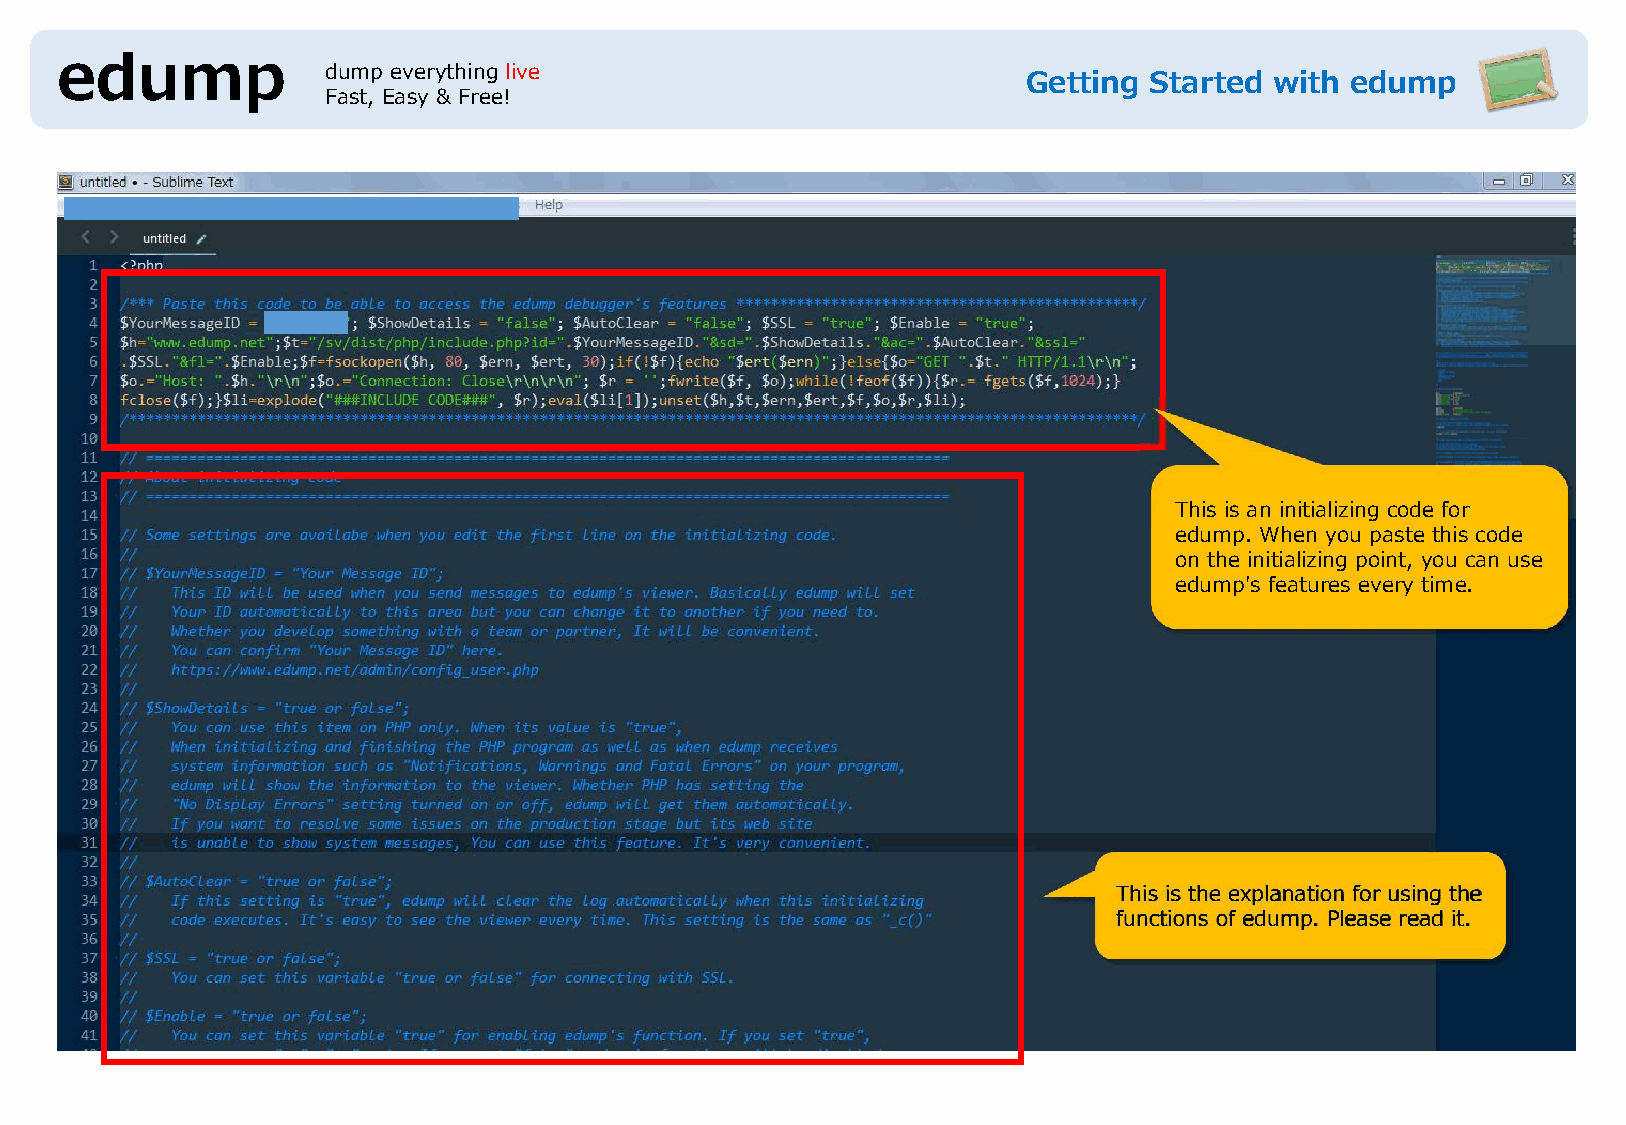
edump            dump everything live
 Getting Started with edump
 Fast, Easy & Free!
 This is an initializing code for
 edump. When you paste this code
 on the initializing point, you can use
 edump's features every time.
 This is the explanation for using the
 functions of edump. Please read it.